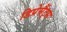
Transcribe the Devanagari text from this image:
डिप्रेसैंट्स